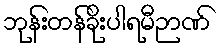
ဘုန်းတန်ခိုးပါရမီဉာဏ်